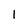
Character: 1